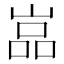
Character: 嵓